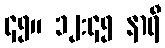
၄၅။ ၁၂:၄၅ နာရီ